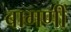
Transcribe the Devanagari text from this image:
बागणी